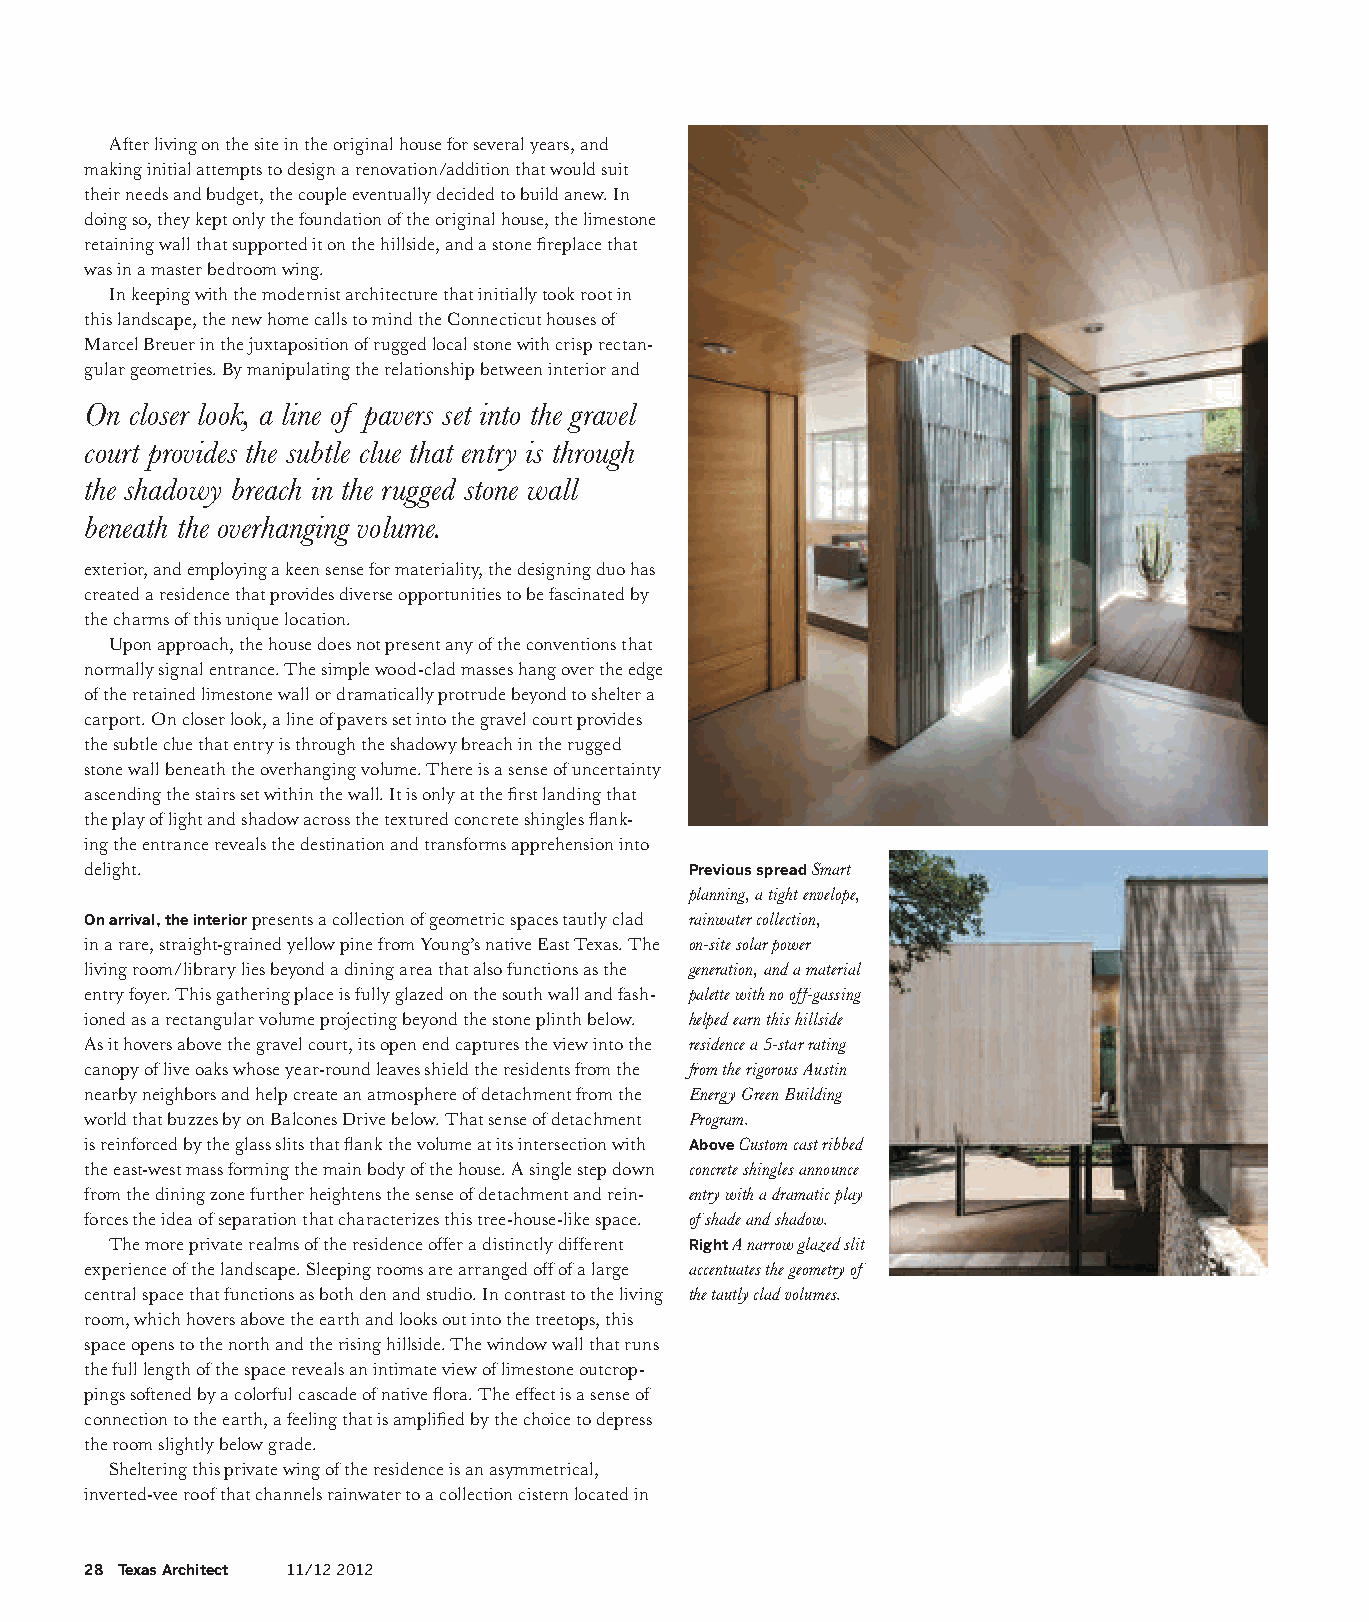
After living on the site in the original house for several years, and
 making initial attempts to design a renovation/addition that would suit
 their needs and budget, the couple eventually decided to build anew. In
 doing so, they kept only the foundation of the original house, the limestone
 retaining wall that supported it on the hillside, and a stone fireplace that
 was in a master bedroom wing.
 In keeping with the modernist architecture that initially took root in
 this landscape, the new home calls to mind the Connecticut houses of
 Marcel Breuer in the juxtaposition of rugged local stone with crisp rectan-
 gular geometries. By manipulating the relationship between interior and
 On closer look, a line of pavers set into the gravel
 court provides the subtle clue that entry is through
 the shadowy breach in the rugged stone wall
 beneath the overhanging volume.
 exterior, and employing a keen sense for materiality, the designing duo has
 created a residence that provides diverse opportunities to be fascinated by
 the charms of this unique location.
 Upon approach, the house does not present any of the conventions that
 normally signal entrance. The simple wood-clad masses hang over the edge
 of the retained limestone wall or dramatically protrude beyond to shelter a
 carport. On closer look, a line of pavers set into the gravel court provides
 the subtle clue that entry is through the shadowy breach in the rugged
 stone wall beneath the overhanging volume. There is a sense of uncertainty
 ascending the stairs set within the wall. It is only at the first landing that
 the play of light and shadow across the textured concrete shingles flank-
 ing the entrance reveals the destination and transforms apprehension into
 delight.                                Previous spread Smart
 planning, a tight envelope,
 On arrival, the interior presents a collection of geometric spaces tautly clad rainwater collection,
 in a rare, straight-grained yellow pine from Young’s native East Texas. The on-site solar power
 living room/library lies beyond a dining area that also functions as the generation, and a material
 entry foyer. This gathering place is fully glazed on the south wall and fash- palette with no off-gassing
 ioned as a rectangular volume projecting beyond the stone plinth below. helped earn this hillside
 As it hovers above the gravel court, its open end captures the view into the residence a 5-star rating
 canopy of live oaks whose year-round leaves shield the residents from the from the rigorous Austin
 nearby neighbors and help create an atmosphere of detachment from the Energy Green Building
 world that buzzes by on Balcones Drive below. That sense of detachment Program.
 is reinforced by the glass slits that flank the volume at its intersection with Above Custom cast ribbed
 the east-west mass forming the main body of the house. A single step down concrete shingles announce
 from the dining zone further heightens the sense of detachment and rein- entry with a dramatic play
 forces the idea of separation that characterizes this tree-house-like space. of shade and shadow.
 The more private realms of the residence offer a distinctly different Right A narrow glazed slit
 experience of the landscape. Sleeping rooms are arranged off of a large accentuates the geometry of
 central space that functions as both den and studio. In contrast to the living the tautly clad volumes.
 room, which hovers above the earth and looks out into the treetops, this
 space opens to the north and the rising hillside. The window wall that runs
 the full length of the space reveals an intimate view of limestone outcrop-
 pings softened by a colorful cascade of native flora. The effect is a sense of
 connection to the earth, a feeling that is amplified by the choice to depress
 the room slightly below grade.
 Sheltering this private wing of the residence is an asymmetrical,
 inverted-vee roof that channels rainwater to a collection cistern located in
 28 Texas Architect 11/12 2012